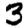
Digit: 3